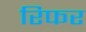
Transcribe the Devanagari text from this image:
रिफर